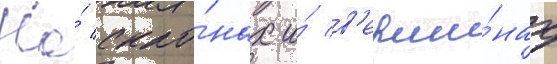
На́ скло́нах и́ в'ерши́нах